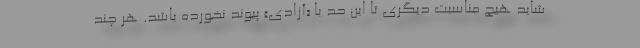
شاید هیچ مناسبت دیگری تا این حد با «آزادی» پیوند نخورده باشد. هر چند